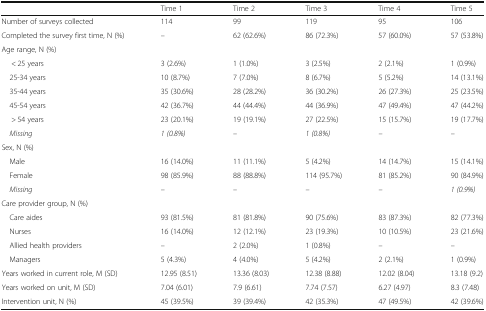
<table><thead><tr><td>[EMPTY_CELL]</td><td><b>Time 1</b></td><td><b>Time 2</b></td><td><b>Time 3</b></td><td><b>Time 4</b></td><td><b>Time 5</b></td></tr></thead><tbody><tr><td>Number of surveys collected</td><td>114</td><td>99</td><td>119</td><td>95</td><td>106</td></tr><tr><td>Completed the survey first time, N (%)</td><td>–</td><td>62 (62.6%)</td><td>86 (72.3%)</td><td>57 (60.0%)</td><td>57 (53.8%)</td></tr><tr><td colspan="6">Age range, N (%)</td></tr><tr><td>&lt; 25 years</td><td>3 (2.6%)</td><td>1 (1.0%)</td><td>3 (2.5%)</td><td>2 (2.1%)</td><td>1 (0.9%)</td></tr><tr><td> 25-34 years</td><td>10 (8.7%)</td><td>7 (7.0%)</td><td>8 (6.7%)</td><td>5 (5.2%)</td><td>14 (13.1%)</td></tr><tr><td> 35-44 years</td><td>35 (30.6%)</td><td>28 (28.2%)</td><td>36 (30.2%)</td><td>26 (27.3%)</td><td>25 (23.5%)</td></tr><tr><td> 45-54 years</td><td>42 (36.7%)</td><td>44 (44.4%)</td><td>44 (36.9%)</td><td>47 (49.4%)</td><td>47 (44.2%)</td></tr><tr><td>&gt; 54 years</td><td>23 (20.1%)</td><td>19 (19.1%)</td><td>27 (22.5%)</td><td>15 (15.7%)</td><td>19 (17.7%)</td></tr><tr><td> <i>Missing</i></td><td><i>1 (0.8%)</i></td><td><i>–</i></td><td><i>1 (0.8%)</i></td><td><i>–</i></td><td><i>–</i></td></tr><tr><td colspan="6">Sex, N (%)</td></tr><tr><td> Male</td><td>16 (14.0%)</td><td>11 (11.1%)</td><td>5 (4.2%)</td><td>14 (14.7%)</td><td>15 (14.1%)</td></tr><tr><td> Female</td><td>98 (85.9%)</td><td>88 (88.8%)</td><td>114 (95.7%)</td><td>81 (85.2%)</td><td>90 (84.9%)</td></tr><tr><td> <i>Missing</i></td><td><i>–</i></td><td><i>–</i></td><td><i>–</i></td><td><i>–</i></td><td><i>1 (0.9%)</i></td></tr><tr><td colspan="6">Care provider group, N (%)</td></tr><tr><td> Care aides</td><td>93 (81.5%)</td><td>81 (81.8%)</td><td>90 (75.6%)</td><td>83 (87.3%)</td><td>82 (77.3%)</td></tr><tr><td> Nurses</td><td>16 (14.0%)</td><td>12 (12.1%)</td><td>23 (19.3%)</td><td>10 (10.5%)</td><td>23 (21.6%)</td></tr><tr><td> Allied health providers</td><td>–</td><td>2 (2.0%)</td><td>1 (0.8%)</td><td>–</td><td>–</td></tr><tr><td> Managers</td><td>5 (4.3%)</td><td>4 (4.0%)</td><td>5 (4.2%)</td><td>2 (2.1%)</td><td>1 (0.9%)</td></tr><tr><td>Years worked in current role, M (SD)</td><td>12.95 (8.51)</td><td>13.36 (8.03)</td><td>12.38 (8.88)</td><td>12.02 (8.04)</td><td>13.18 (9.2)</td></tr><tr><td>Years worked on unit, M (SD)</td><td>7.04 (6.01)</td><td>7.9 (6.61)</td><td>7.74 (7.57)</td><td>6.27 (4.97)</td><td>8.3 (7.48)</td></tr><tr><td>Intervention unit, N (%)</td><td>45 (39.5%)</td><td>39 (39.4%)</td><td>42 (35.3%)</td><td>47 (49.5%)</td><td>42 (39.6%)</td></tr></tbody></table>